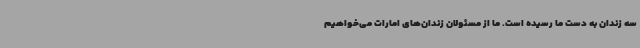
سه زندان به دست ما رسیده است. ما از مسئولان زندان‌های امارات می‌خواهیم